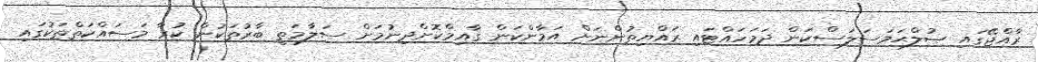
ރާއްޖޭގައި ޞުލްޙަމަސަލަސްކަން ދަމަހައްޓައި ރައްޔިތުންނަށް އަމާންކަން ޤާއިމްކޮށްދިނުމަށް ސަލާމަތީ ބާރުތަކުން ކުރާ މަސައްކަތްތަކުގައި